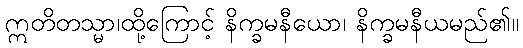
ဣတိတသ္မာ၊ထို့ကြောင့် နိက္ခမနီယော၊ နိက္ခမနီယမည်၏။